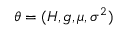
\theta = ( H , g , \mu , \sigma ^ { 2 } )